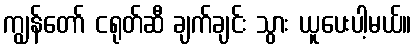
ကျွန်တော် ငရုတ်ဆီ ချက်ချင်း သွား ယူပေးပါ့မယ်။